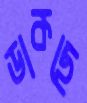
ডাকছে